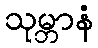
သုမ္ဘာနံ